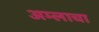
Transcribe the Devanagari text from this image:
अम्‍लाचा